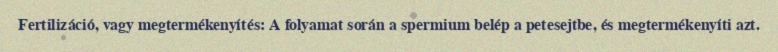
Fertilizáció, vagy megtermékenyítés: A folyamat során a spermium belép a petesejtbe, és megtermékenyíti azt.